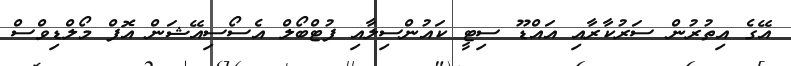
އޭގެ އިތުރުން ސަރުކާރާއި އައްޑޫ ސިޓީ ކައުންސިލާއި ފުޓްބޯލް އެސޯސިއޭޝަން އޮފް މޯލްޑިވްސް